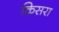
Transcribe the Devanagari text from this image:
किसरा